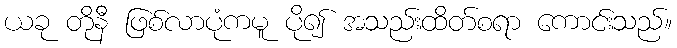
ယခု တိုနီ ဖြစ်လာပုံကမူ ပို၍ အသည်းထိတ်စရာ ကောင်းသည်။